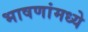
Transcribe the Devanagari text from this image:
भाषणांमध्ये